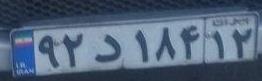
۹۲د۱۸۴۱۲